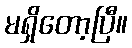
မရှိတော့ပြီ။